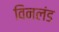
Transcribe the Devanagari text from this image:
विनलंड